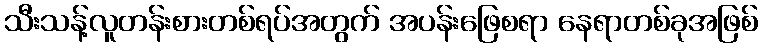
သီးသန့်လူတန်းစားတစ်ရပ်အတွက် အပန်းဖြေစရာ နေရာတစ်ခုအဖြစ်